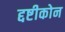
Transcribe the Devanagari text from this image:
द्दष्टीकोन